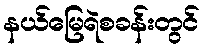
နယ်မြေရဲစခန်းတွင်